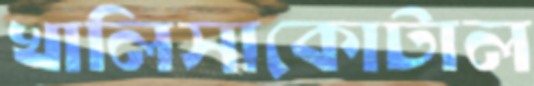
খালিসাকোটাল